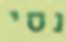
נסי